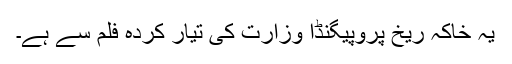
یہ خاکہ ریخ پروپیگنڈا وزارت کی تیار کردہ فلم سے ہے۔